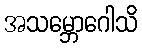
အသမ္ဘောဂေါသိ